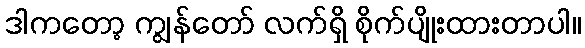
ဒါကတော့ ကျွန်တော် လက်ရှိ စိုက်ပျိုးထားတာပါ။